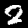
Digit: 2